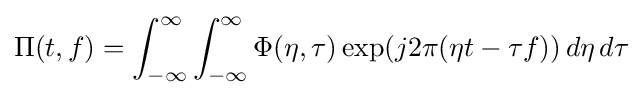
\Pi (t,f)=\int _{-\infty }^{\infty }\int _{-\infty }^{\infty }\Phi (\eta ,\tau )\exp(j2\pi (\eta t-\tau f))\,d\eta \,d\tau